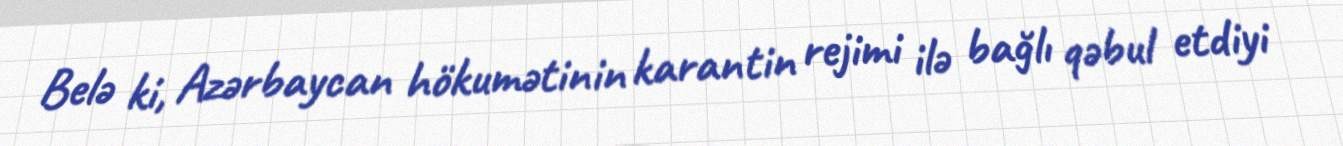
Belə ki, Azərbaycan hökumətinin karantin rejimi ilə bağlı qəbul etdiyi